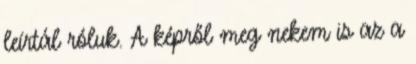
leírtál róluk. A képről meg nekem is az a